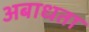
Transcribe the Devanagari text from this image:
अबाधता